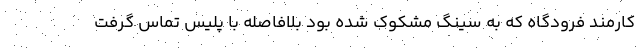
کارمند فرودگاه که به سینگ مشکوک شده بود بلافاصله با پلیس تماس گرفت